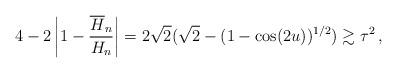
LaTeX: \begin{align*}4-2\left|1-\frac{\overline{H}_n}{H_n}\right|=2\sqrt{2}(\sqrt 2-(1-\cos (2u))^{1/2})\gtrsim \tau^2\,,\end{align*}